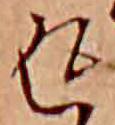
返